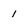
Character: 1